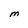
Character: M